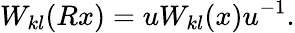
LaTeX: W_{kl}(Rx)=uW_{kl}(x)u^{-1}.